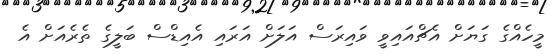
މީހެއްގެ ގަޔަށް އެޗްއައިވީ ވައިރަސް އަލަށް އަރައި އެއިޑްސް ބަލީގެ ތެރެއަށް އެ